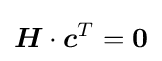
{\boldsymbol {H}}\cdot {\boldsymbol {c}}^{T}={\boldsymbol {0}}